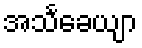
အသင်္ခေယျာ